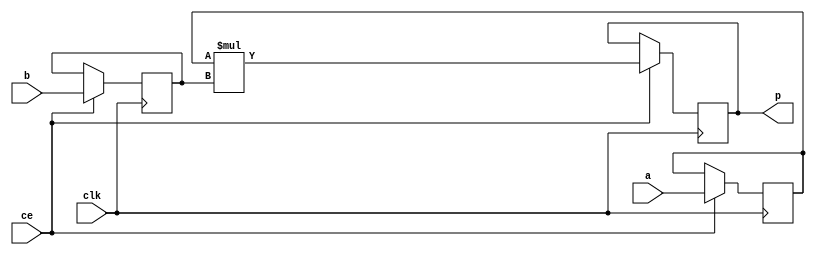
module image_filter_mul_8ns_24ns_31_3_MulnS_0(clk, ce, a, b, p);
input clk;
input ce;
input[8 - 1 : 0] a; // synthesis attribute keep a "true"
input[24 - 1 : 0] b; // synthesis attribute keep b "true"
output[31 - 1 : 0] p;

reg [8 - 1 : 0] a_reg0;
reg [24 - 1 : 0] b_reg0;
wire [31 - 1 : 0] tmp_product;
reg [31 - 1 : 0] buff0;

assign p = buff0;
assign tmp_product = a_reg0 * b_reg0;
always @ (posedge clk) begin
    if (ce) begin
        a_reg0 <= a;
        b_reg0 <= b;
        buff0 <= tmp_product;
    end
end
endmodule